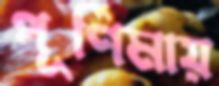
পূর্ণিমায়